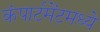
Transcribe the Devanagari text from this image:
कंपार्टमेंटमध्ये